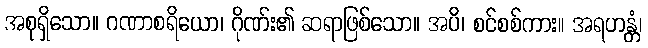
အစုရှိသော။ ဂဏာစရိယော၊ ဂိုဏ်း၏ ဆရာဖြစ်သော။ အပိ၊ စင်စစ်ကား။ အရဟန္တံ၊